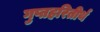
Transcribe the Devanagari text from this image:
गुप्तहरितीर्थ